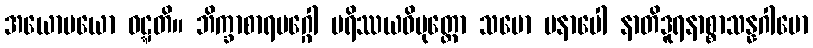
အယောမယော ဝဋ္ဋတိ။ ဘိက္ခာစာရမဂ္ဂေါ ပရိဿယဝိမုတ္တော သမော မနာပေါ နာတိဒူရနာစ္စာသန္နဂါမော